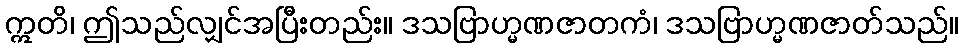
ဣတိ၊ ဤသည်လျှင်အပြီးတည်း။ ဒသဗြာဟ္မဏဇာတကံ၊ ဒသဗြာဟ္မဏဇာတ်သည်။